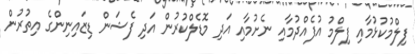
ފިލްމުކުޅުމާއި ފިލްމު އުފެއްދުމާއި ނެށުމާއި އަދި މޮޑެލްކުރުން އަދި ފެޝަން ޑިޒައިނިންގެ އިތުރުން